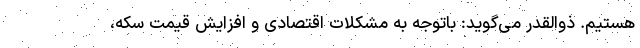
هستیم. ذوالقدر می‌گوید: باتوجه به مشکلات اقتصادی و افزایش قیمت سکه،